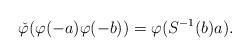
LaTeX: \begin{align*}\check{\varphi}(\varphi(-a)\varphi(-b)) = \varphi(S^{-1}(b)a). \end{align*}